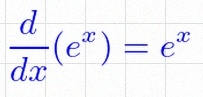
\frac{d}{dx}(e^x)=e^x